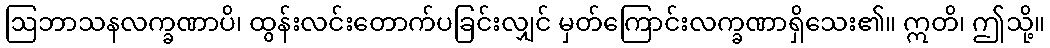
ဩဘာသနလက္ခဏာပိ၊ ထွန်းလင်းတောက်ပခြင်းလျှင် မှတ်ကြောင်းလက္ခဏာရှိသေး၏။ ဣတိ၊ ဤသို့။